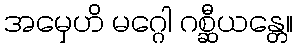
အမှေဟိ မဂ္ဂေါ ဂစ္ဆီယန္တေ။